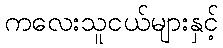
ကလေးသူငယ်များနှင့်